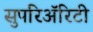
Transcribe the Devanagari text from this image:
सुपरिअॅरिटी